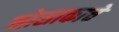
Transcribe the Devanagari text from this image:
नोसाकाचे